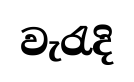
වැරැදි